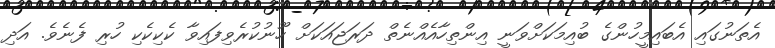
އެތަނުގައި އެބައިމީހުންގެ ބުއިމަކަށްވަނީ އިންތިހާއެއްނެތް ދަރަޖައަކަށް ހޫނުކުރެވިފައިވާ ކެކިކެކި ހުރި ފެނެވެ. އަދި